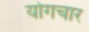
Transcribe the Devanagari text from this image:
योगचार